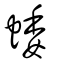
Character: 蜲